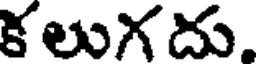
కలుగదు.